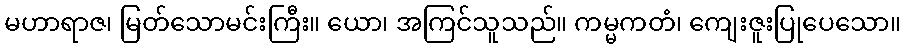
မဟာရာဇ၊ မြတ်သောမင်းကြီး။ ယော၊ အကြင်သူသည်။ ကမ္မကတံ၊ ကျေးဇူးပြုပေသော။